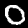
Digit: 0